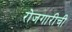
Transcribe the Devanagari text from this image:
रोजगारीची